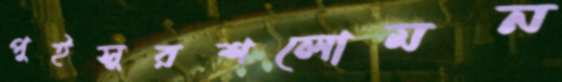
পুইসুরশলোমন